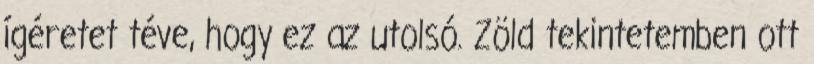
ígéretet téve, hogy ez az utolsó. Zöld tekintetemben ott